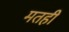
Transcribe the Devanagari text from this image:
मतही